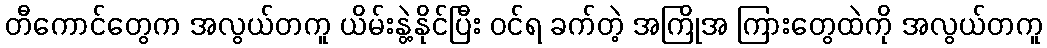
တီကောင်တွေက အလွယ်တကူ ယိမ်းနွဲ့နိုင်ပြီး ဝင်ရ ခက်တဲ့ အကြိုအ ကြားတွေထဲကို အလွယ်တကူ